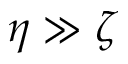
\eta \gg \zeta